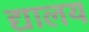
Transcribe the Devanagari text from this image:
द्यालय